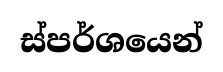
ස්පර්ශයෙන්